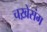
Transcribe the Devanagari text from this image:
चख़ेसंग